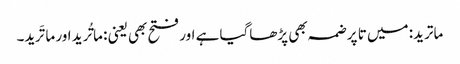
ماترید: میں تا پر ضمہ بھی پڑھاگیا ہے اور فتح بھی یعنی : ماتُرید اور ماتَرید۔